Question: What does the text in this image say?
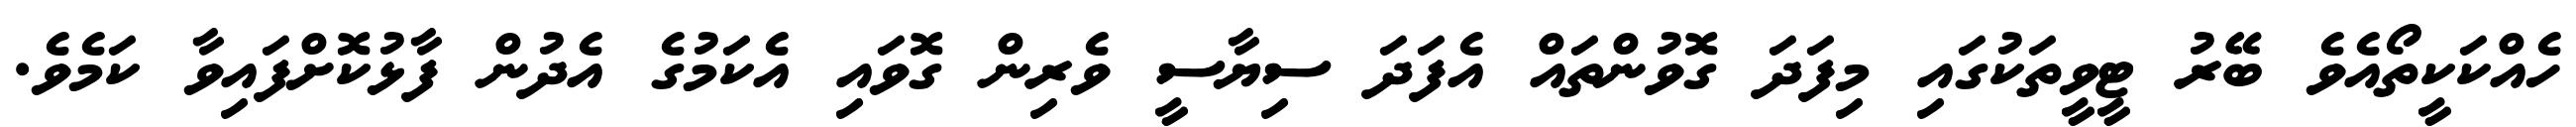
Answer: ހެއްކަކީތޯއެވެ ބޭރު ޓީވީތަކުގައި މިފަދަ ގޮވުންތައް އެފަދަ ސިޔާސީ ވެރިން ގޮވައި އެކަމުގެ އެދުން ފާޅުކޮށްފައިވާ ކަމެވެ.